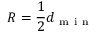
R = \frac { 1 } { 2 } d _ { \mathrm { ~ m ~ i ~ n ~ } }